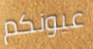
عيونكم